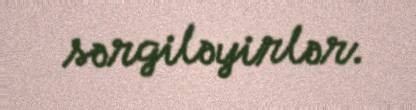
sərgiləyirlər.